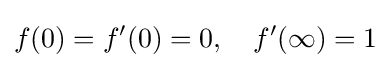
f(0)=f'(0)=0,\quad f'(\infty )=1